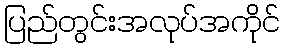
ပြည်တွင်းအလုပ်အကိုင်